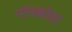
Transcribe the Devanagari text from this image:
गॉनकोर्ट